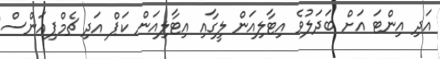
އަދި އިންޓަ އަށް ބަދަލުވެ އިޓާލިއަން ލީގާއި އިޓާލިއަން ކަޕް އަދި ޗެމްޕިއަންސް